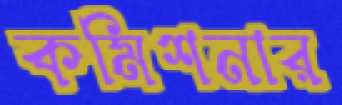
কমিশনার